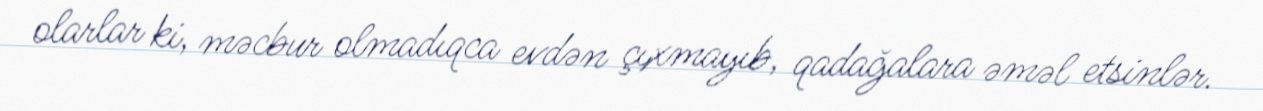
olarlar ki, məcbur olmadıqca evdən çıxmayıb, qadağalara əməl etsinlər.